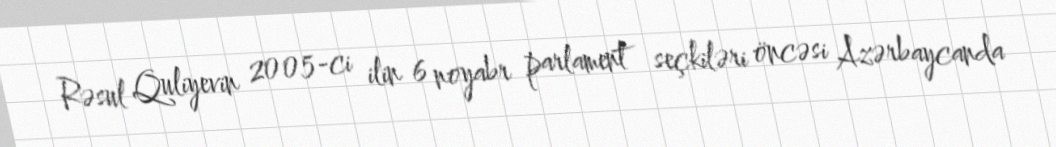
Rəsul Quliyevin 2005-ci ilin 6 noyabr parlament seçkiləri öncəsi Azərbaycanda